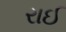
રાઈ